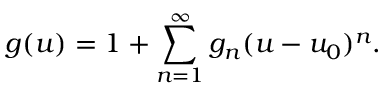
g ( u ) = 1 + \sum _ { n = 1 } ^ { \infty } g _ { n } ( u - u _ { 0 } ) ^ { n } .